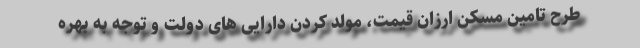
طرح تامین مسکن ارزان قیمت، مولد کردن دارایی های دولت و توجه به بهره